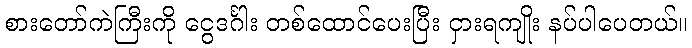
စားတော်ကဲကြီးကို ငွေဒင်္ဂါး တစ်ထောင်ပေးပြီး ငှားရကျိုး နပ်ပါပေတယ်။